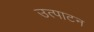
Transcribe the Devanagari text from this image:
उत्पाटन